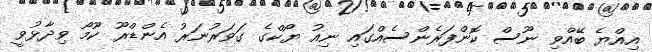
އިއްޔެ ބޭއްވި ނޫސް ކޮންފަރެންސެއްގައި ނިއު ޔޯކްގެ ގަވަރުނަރު އެންޑްރޫ ކޫމޯ ވިދާޅުވީ